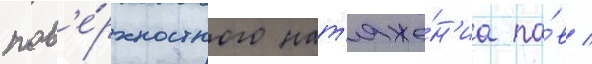
пов'е́рхностного нат'яже́н'иа па́в /